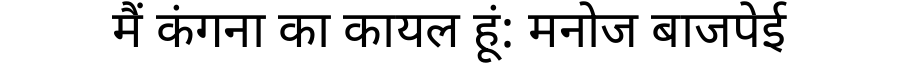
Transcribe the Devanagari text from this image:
मैं कंगना का कायल हूं: मनोज बाजपेई